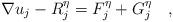
LaTeX: \begin{align*}\nabla u_j -R_j^\eta=F_j^\eta+G_j^\eta\quad,\end{align*}